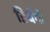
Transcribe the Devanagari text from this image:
डिबैंगो